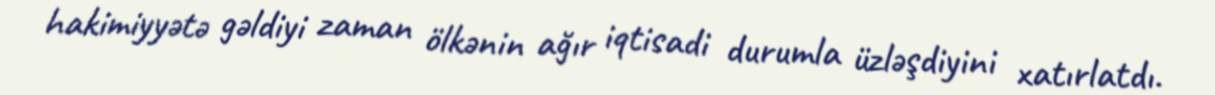
hakimiyyətə gəldiyi zaman ölkənin ağır iqtisadi durumla üzləşdiyini xatırlatdı.